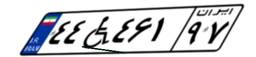
۴۴W۴۶۱۹۷